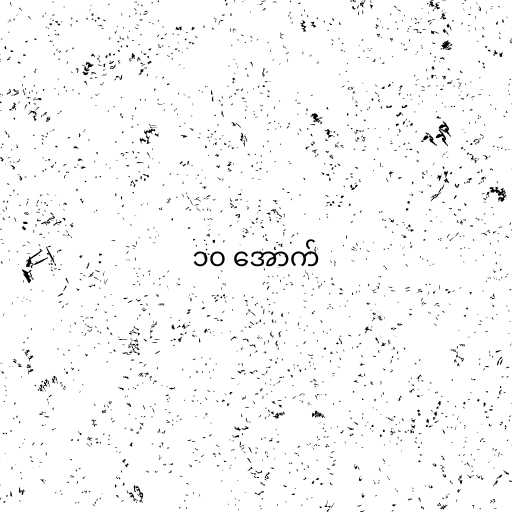
၁၀ အောက်